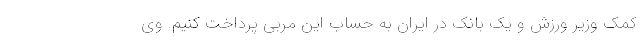
کمک وزیر ورزش و یک بانک در ایران به حساب این مربی پرداخت کنیم. وی